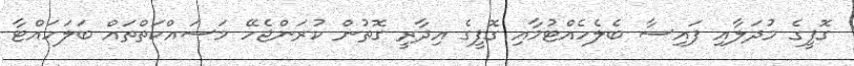
ގޮފީގެ މުދަލާއި ފައިސާ ބެލެހެއްޓުމާއި ގޮފީގެ އިދާރީ ގޮތުން ކުރަންޖެހޭ މަސައްކަތްތައް ބަލަހައްޓާ